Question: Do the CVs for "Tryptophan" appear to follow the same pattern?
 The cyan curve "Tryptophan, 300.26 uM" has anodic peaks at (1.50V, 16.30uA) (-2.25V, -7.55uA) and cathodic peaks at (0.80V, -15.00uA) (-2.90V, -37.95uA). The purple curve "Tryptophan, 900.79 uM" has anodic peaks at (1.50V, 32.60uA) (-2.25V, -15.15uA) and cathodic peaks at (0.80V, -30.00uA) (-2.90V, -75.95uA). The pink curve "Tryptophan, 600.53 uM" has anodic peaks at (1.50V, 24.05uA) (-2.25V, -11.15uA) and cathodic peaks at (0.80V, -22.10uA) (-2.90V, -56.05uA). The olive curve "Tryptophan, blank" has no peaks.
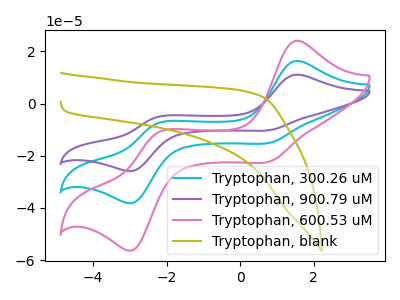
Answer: <think>All the peaks in "Tryptophan, 300.26 uM" have a peak in "Tryptophan, 900.79 uM" at the same potential. All the peaks in "Tryptophan, 300.26 uM" have a peak in "Tryptophan, 600.53 uM" at the same potential. "Tryptophan, 300.26 uM" and "Tryptophan, blank" have a different number of peaks. All the peaks in "Tryptophan, 900.79 uM" have a peak in "Tryptophan, 600.53 uM" at the same potential. "Tryptophan, 900.79 uM" and "Tryptophan, blank" have a different number of peaks. "Tryptophan, 600.53 uM" and "Tryptophan, blank" have a different number of peaks.
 </think>
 <answer>All the CV's of "Tryptophan" have similar shape.</answer>
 <eval>follow_rule</eval>